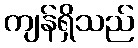
ကျန်ရှိသည်